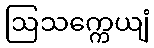
ဩသက္ကေယျံ